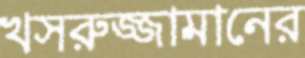
খসরুজ্জামানের